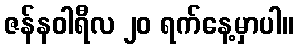
ဇန်နဝါရီလ ၂၀ ရက်နေ့မှာပါ။